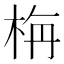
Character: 栴